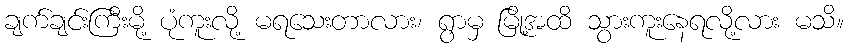
ချက်ချင်းကြီးမို့ ပုံကူးလို့ မရသေးတာလား၊ ရွာမှ မြို့အထိ သွားကူးနေရလို့လား မသိ။